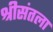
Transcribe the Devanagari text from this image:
श्रीसंतला